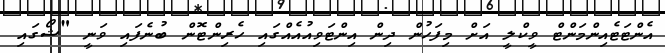
އެންޓަޓެއިންމަންޓް ވީކްލީ އަށް މިފަހުން ދިން އިންޓަވިއުއެއްގައި ހެރިންޓޮން ބުނެފައި ވަނީ "ޝޯގައި